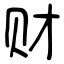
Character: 财